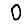
Digit: 0